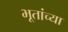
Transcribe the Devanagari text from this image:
भूतांच्या